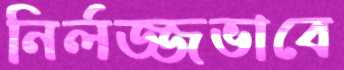
নির্লজ্জভাবে